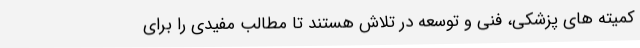
کمیته های پزشکی، فنی و توسعه در تلاش هستند تا مطالب مفیدی را برای